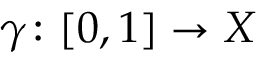
\gamma \colon [ 0 , 1 ] \to X